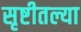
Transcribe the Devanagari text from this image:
सृष्टीतल्या